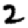
Digit: 2